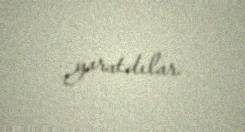
yaratdılar.